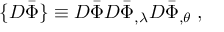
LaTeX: \{ { \cal D } \bar { \Phi } \} \equiv { \cal D } \bar { \Phi } { \cal D } \bar { \Phi } _ { , \lambda } { \cal D } \bar { \Phi } _ { , \theta } \; ,